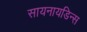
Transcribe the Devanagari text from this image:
सायनायडिन्स